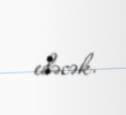
edəcək.